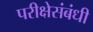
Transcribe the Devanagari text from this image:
परीक्षेसंबंधी